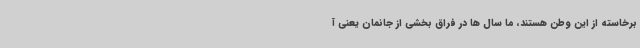
برخاسته از این وطن هستند، ما سال ها در فراق بخشی از جانمان یعنی آ